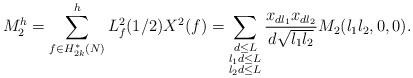
LaTeX: \begin{align*}M_{2}^h=\sum_{f \in H_{2k}^{*}(N)}^{h}L^{2}_{f}(1/2)X^2(f)=\sum_{\substack{d \leq L\\ l_1d \leq L\\ l_2d \leq L}}\frac{x_{dl_1}x_{dl_2}}{d\sqrt{l_1l_2}}M_2(l_1l_2,0,0).\end{align*}